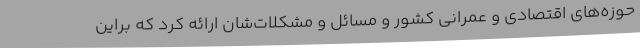
حوزه‌های اقتصادی و عمرانی کشور و مسائل و مشکلات‌شان ارائه کرد که براین